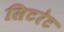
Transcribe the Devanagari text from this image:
सिटरेट